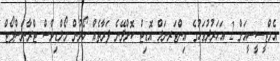
އެމްޓީސީސީއަށް 2 އަހަރުދުވަހުގެ އިންޓަރނަލް އޮޑިޓް ކޮށްދޭނެ ފަރާތެއް ހޯދުން މޯލްޑިވްސް ޓްރާންސްޕޯޓް